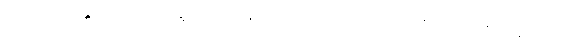
သေယျထိဒန္တိ၊ သော။ (သဒ္ဒေါ၊ သည်။) နိပါတော၊ တည်း။ တဿ၊ ထိုသေယျထိဒံဟူသော